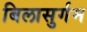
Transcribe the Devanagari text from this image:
बिलासुर्गम